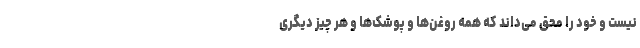
نیست و خود را مُحق می‌داند که همه روغن‌ها و پوشک‌ها و هر چیز دیگری